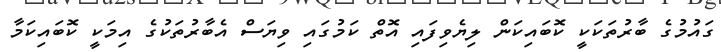
ގައުމުގެ ބާރުތަކަކީ ކޮބައިކަން ލިޔެވިފައި އޮތް ކަމުގައި ވިޔަސް އެބާރުތަކުގެ އިމަކީ ކޮބައިކަމާ